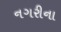
નગરીના